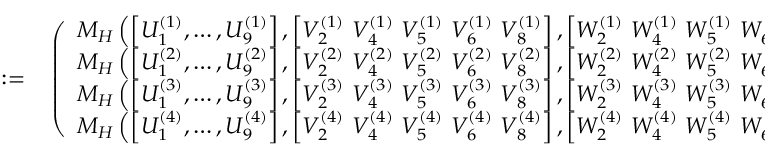
\begin{array} { r l } { : = } & { { } \left( \begin{array} { l } { M _ { H } \left( \left[ { U } _ { 1 } ^ { ( 1 ) } , \dots , { U } _ { 9 } ^ { ( 1 ) } \right] , \left[ { V } _ { 2 } ^ { ( 1 ) } ~ { V } _ { 4 } ^ { ( 1 ) } ~ { V } _ { 5 } ^ { ( 1 ) } ~ { V } _ { 6 } ^ { ( 1 ) } ~ { V } _ { 8 } ^ { ( 1 ) } \right] , \left[ { W } _ { 2 } ^ { ( 1 ) } ~ { W } _ { 4 } ^ { ( 1 ) } ~ { W } _ { 5 } ^ { ( 1 ) } ~ { W } _ { 6 } ^ { ( 1 ) } ~ { W } _ { 8 } ^ { ( 1 ) } \right] , \xi , \eta \right) } \\ { M _ { H } \left( \left[ { U } _ { 1 } ^ { ( 2 ) } , \dots , { U } _ { 9 } ^ { ( 2 ) } \right] , \left[ { V } _ { 2 } ^ { ( 2 ) } ~ { V } _ { 4 } ^ { ( 2 ) } ~ { V } _ { 5 } ^ { ( 2 ) } ~ { V } _ { 6 } ^ { ( 2 ) } ~ { V } _ { 8 } ^ { ( 2 ) } \right] , \left[ { W } _ { 2 } ^ { ( 2 ) } ~ { W } _ { 4 } ^ { ( 2 ) } ~ { W } _ { 5 } ^ { ( 2 ) } ~ { W } _ { 6 } ^ { ( 2 ) } ~ { W } _ { 8 } ^ { ( 2 ) } \right] , \xi , \eta \right) } \\ { M _ { H } \left( \left[ { U } _ { 1 } ^ { ( 3 ) } , \dots , { U } _ { 9 } ^ { ( 3 ) } \right] , \left[ { V } _ { 2 } ^ { ( 3 ) } ~ { V } _ { 4 } ^ { ( 3 ) } ~ { V } _ { 5 } ^ { ( 3 ) } ~ { V } _ { 6 } ^ { ( 3 ) } ~ { V } _ { 8 } ^ { ( 3 ) } \right] , \left[ { W } _ { 2 } ^ { ( 3 ) } ~ { W } _ { 4 } ^ { ( 3 ) } ~ { W } _ { 5 } ^ { ( 3 ) } ~ { W } _ { 6 } ^ { ( 3 ) } ~ { W } _ { 8 } ^ { ( 3 ) } \right] , \xi , \eta \right) } \\ { M _ { H } \left( \left[ { U } _ { 1 } ^ { ( 4 ) } , \dots , { U } _ { 9 } ^ { ( 4 ) } \right] , \left[ { V } _ { 2 } ^ { ( 4 ) } ~ { V } _ { 4 } ^ { ( 4 ) } ~ { V } _ { 5 } ^ { ( 4 ) } ~ { V } _ { 6 } ^ { ( 4 ) } ~ { V } _ { 8 } ^ { ( 4 ) } \right] , \left[ { W } _ { 2 } ^ { ( 4 ) } ~ { W } _ { 4 } ^ { ( 4 ) } ~ { W } _ { 5 } ^ { ( 4 ) } ~ { W } _ { 6 } ^ { ( 4 ) } ~ { W } _ { 8 } ^ { ( 4 ) } \right] , \xi , \eta \right) } \end{array} \right) , } \end{array}